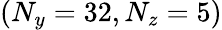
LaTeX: (N_{y}=32,N_{z}=5)